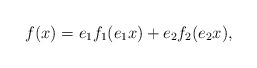
\begin{align*}f(x) = e_1 f_1 (e_1 x) + e_2 f_2 (e_2 x),\end{align*}